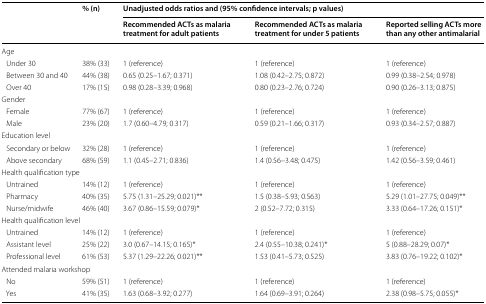
<table><thead><tr><td rowspan="2"></td><td rowspan="2"><b>% (n)</b></td><td colspan="3"><b>Unadjusted odds ratios and (95% confidence intervals; p values)</b></td></tr><tr><td><b>Recommended ACTs as malaria treatment for adult patients</b></td><td><b>Recommended ACTs as malaria treatment for under 5 patients</b></td><td><b>Reported selling ACTs more than any other antimalarial</b></td></tr></thead><tbody><tr><td colspan="5">Age</td></tr><tr><td> Under 30</td><td>38% (33)</td><td>1 (reference)</td><td>1 (reference)</td><td>1 (reference)</td></tr><tr><td> Between 30 and 40</td><td>44% (38)</td><td>0.65 (0.25–1.67; 0.371)</td><td>1.08 (0.42–2.75; 0.872)</td><td>0.99 (0.38–2.54; 0.978)</td></tr><tr><td> Over 40</td><td>17% (15)</td><td>0.98 (0.28–3.39; 0.968)</td><td>0.80 (0.23–2.76; 0.724)</td><td>0.90 (0.26–3.13; 0.875)</td></tr><tr><td colspan="5">Gender </td></tr><tr><td> Female</td><td>77% (67)</td><td>1 (reference)</td><td>1 (reference)</td><td>1 (reference)</td></tr><tr><td> Male</td><td>23% (20)</td><td>1.7 (0.60–4.79; 0.317)</td><td>0.59 (0.21–1.66; 0.317)</td><td>0.93 (0.34–2.57; 0.887)</td></tr><tr><td colspan="5">Education level</td></tr><tr><td> Secondary or below</td><td>32% (28)</td><td>1 (reference)</td><td>1 (reference)</td><td>1 (reference)</td></tr><tr><td> Above secondary</td><td>68% (59)</td><td>1.1 (0.45–2.71; 0.836)</td><td>1.4 (0.56–3.48; 0.475)</td><td>1.42 (0.56–3.59; 0.461)</td></tr><tr><td colspan="5">Health qualification type</td></tr><tr><td> Untrained</td><td>14% (12)</td><td>1 (reference)</td><td>1 (reference)</td><td>1 (reference)</td></tr><tr><td> Pharmacy</td><td>40% (35)</td><td>5.75 (1.31–25.29; 0.021)**</td><td>1.5 (0.38–5.93; 0.563)</td><td>5.29 (1.01–27.75; 0.049)**</td></tr><tr><td> Nurse/midwife</td><td>46% (40)</td><td>3.67 (0.86–15.59; 0.079)*</td><td>2 (0.52–7.72; 0.315)</td><td>3.33 (0.64–17.26; 0.151)*</td></tr><tr><td colspan="5">Health qualification level</td></tr><tr><td> Untrained</td><td>14% (12)</td><td>1 (reference)</td><td>1 (reference)</td><td>1 (reference)</td></tr><tr><td> Assistant level</td><td>25% (22)</td><td>3.0 (0.67–14.15; 0.165)*</td><td>2.4 (0.55–10.38; 0.241)*</td><td>5 (0.88–28.29; 0.07)*</td></tr><tr><td> Professional level</td><td>61% (53)</td><td>5.37 (1.29–22.26; 0.021)**</td><td>1.53 (0.41–5.73; 0.525)</td><td>3.83 (0.76–19.22; 0.102)*</td></tr><tr><td colspan="5">Attended malaria workshop</td></tr><tr><td> No</td><td>59% (51)</td><td>1 (reference)</td><td>1 (reference)</td><td>1 (reference)</td></tr><tr><td> Yes</td><td>41% (35)</td><td>1.63 (0.68–3.92; 0.277)</td><td>1.64 (0.69–3.91; 0.264)</td><td>2.38 (0.98–5.75; 0.055)*</td></tr></tbody></table>